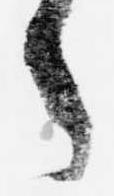
々